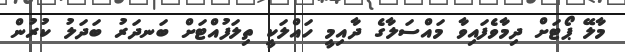
މާލޭ ޕޯޓަށް ދިމާވެފައިވާ މައްސަލާގެ ދާއިމީ ހައްލަކީ ތިލަފުއްޓަށް ބަނދަރު ބަދަލު ކުރުން